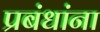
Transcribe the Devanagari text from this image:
प्रबंधांना